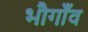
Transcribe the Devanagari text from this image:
भौगाँव